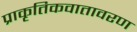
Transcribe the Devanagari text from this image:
प्राकृतिकवातावरण